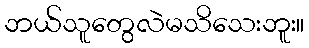
ဘယ်သူတွေလဲမသိသေးဘူး။